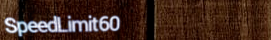
SpeedLimit60